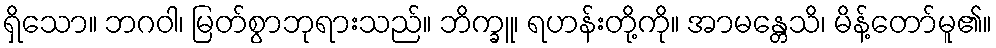
ရှိသော။ ဘဂဝါ၊ မြတ်စွာဘုရားသည်။ ဘိက္ခူ၊ ရဟန်းတို့ကို။ အာမန္တေသိ၊ မိန့်တော်မူ၏။